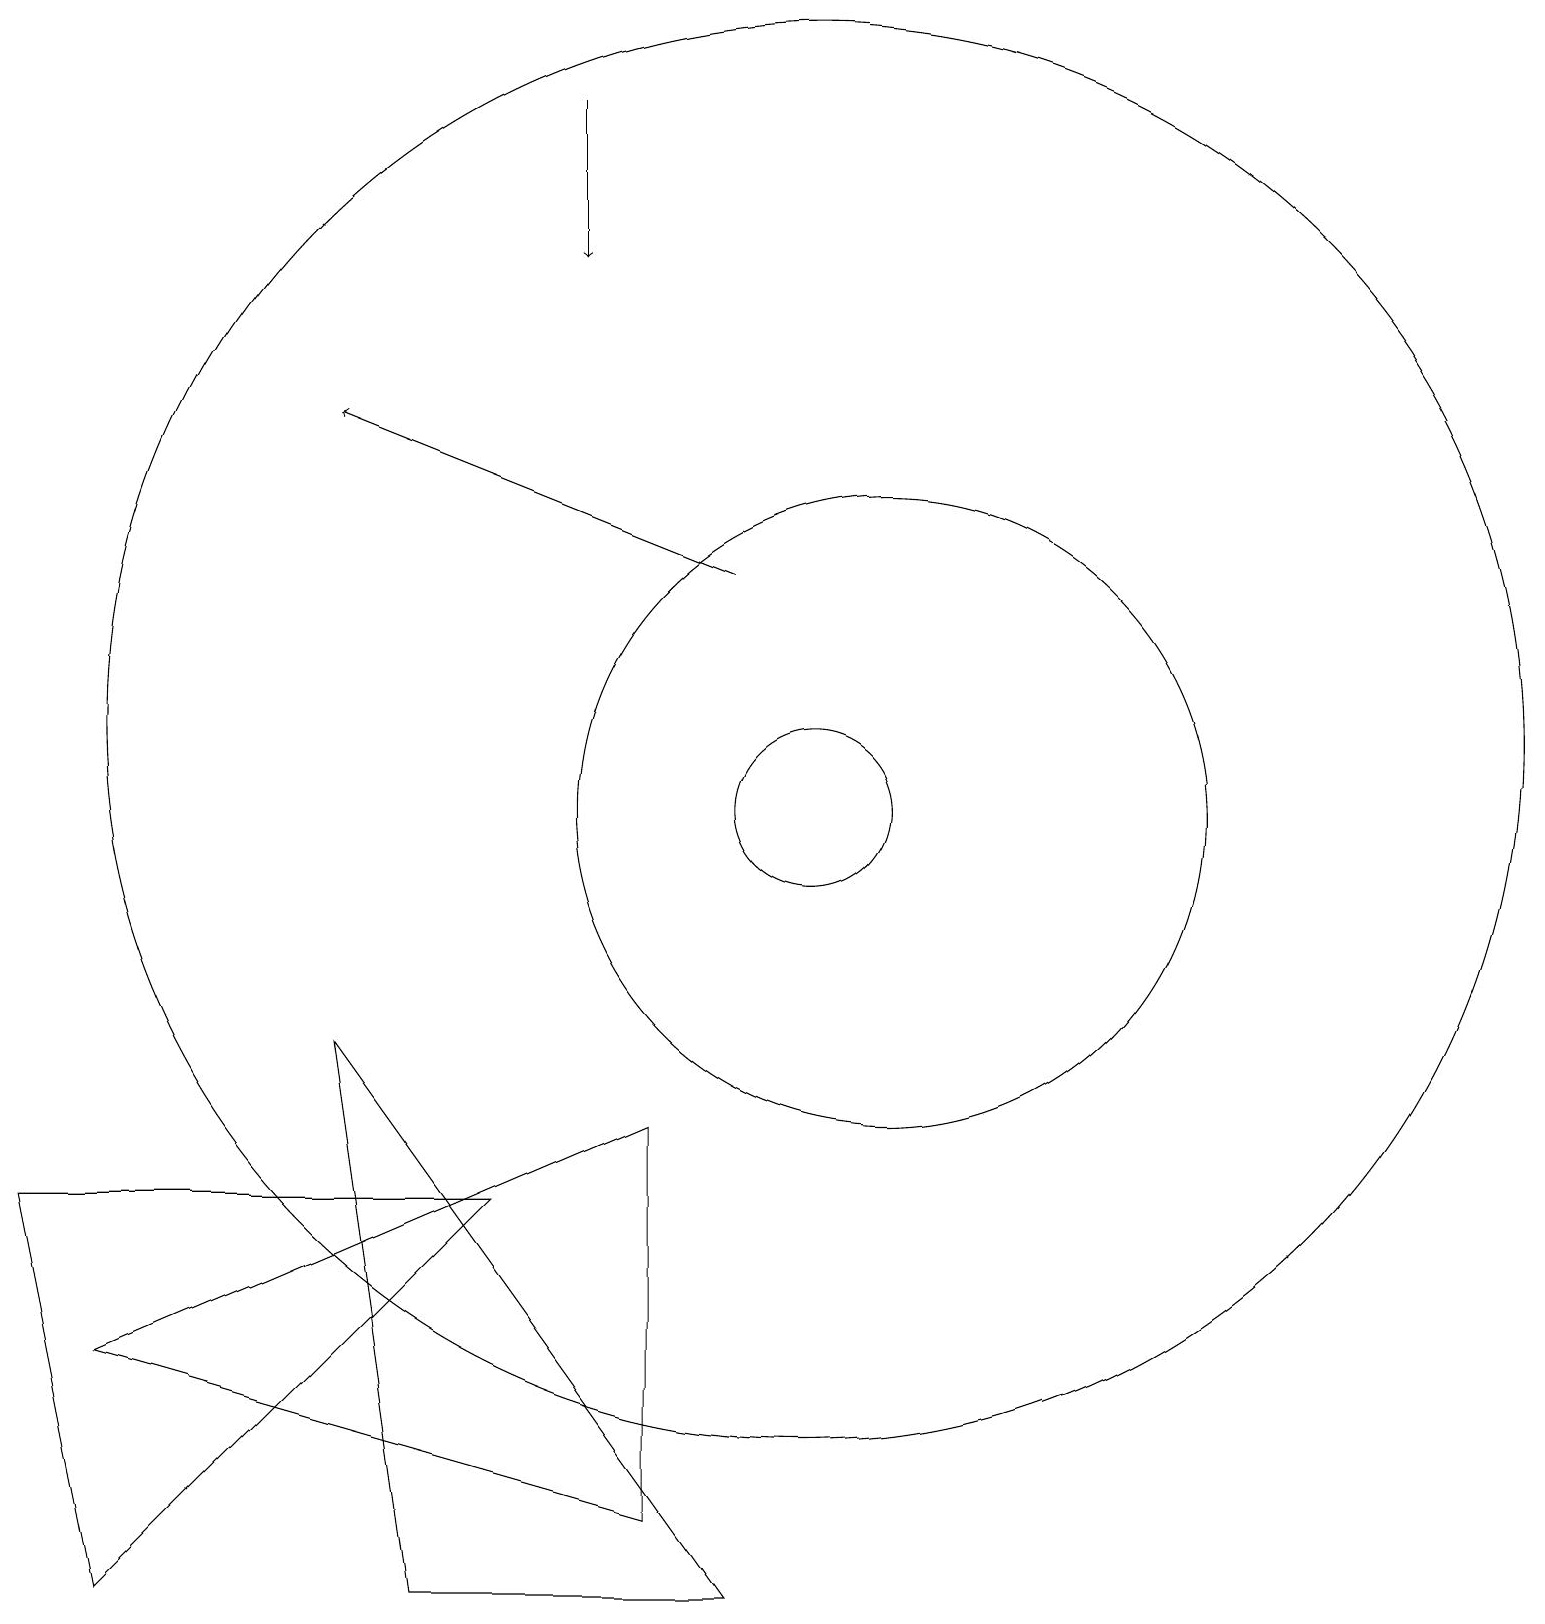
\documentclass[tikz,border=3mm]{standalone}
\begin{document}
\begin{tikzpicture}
\draw (10,11) circle (9);
\draw (11,10) circle (4);
\draw[->] (9,13) -- (4,15);
\draw (8,6) -- (8,1) -- (1,3) -- cycle;
\draw (10,10) circle (1);
\draw[->] (7,19) -- (7,17);
\draw (6,5) -- (1,0) -- (0,5) -- cycle;
\draw (4,7) -- (5,0) -- (9,0) -- cycle;
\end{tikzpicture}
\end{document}